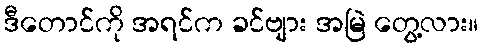
ဒီတောင်ကို အရင်က ခင်ဗျား အမြဲ တွေ့လား။